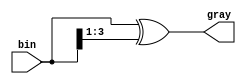
module bin2gray #
(
    parameter SIZE = 4
)
(
    input  [SIZE-1:0] bin,
    output [SIZE-1:0] gray
);

    assign gray = bin ^ (bin >> 1);

endmodule